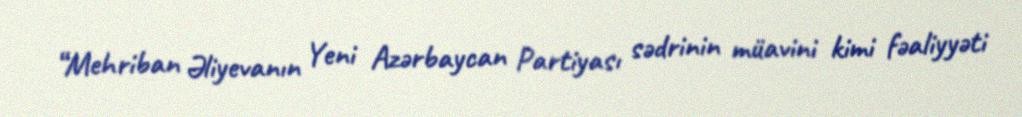
“Mehriban Əliyevanın Yeni Azərbaycan Partiyası sədrinin müavini kimi fəaliyyəti